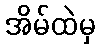
အိမ်ထဲမှ